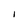
Character: i